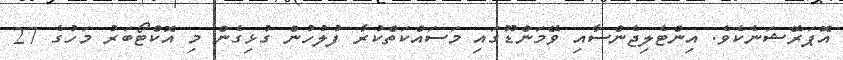
އޮޕަރޭޝަނެކެވެ. އިންޓެލިޖެންސާއި ވޭމަންޑޫގައި މަސައްކަތްކުރާ ފުލުހުން ގުޅިގެން މި އޮކްޓޯބަރު މަހުގެ 27